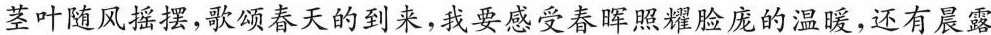
茎叶随风摇摆，歌颂春天的到来，我要感受春晖照耀脸庞的温暖，还有晨露